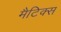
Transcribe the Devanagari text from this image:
मैटिक्स